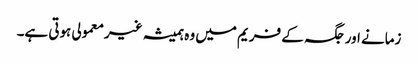
زمانے اورجگہ کے فریم میں وہ ہمیشہ غیرمعمولی ہوتی ہے۔